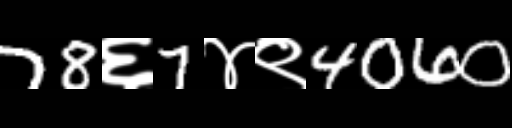
Text: 78६7४९4060